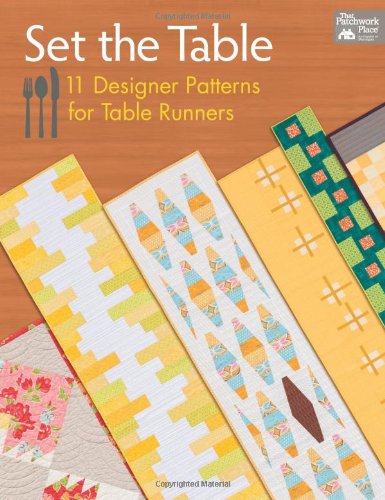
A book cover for Set the Table: 11 Designer Patterns for Table Runners; That Patchwork Place; Cookbooks, Food & Wine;